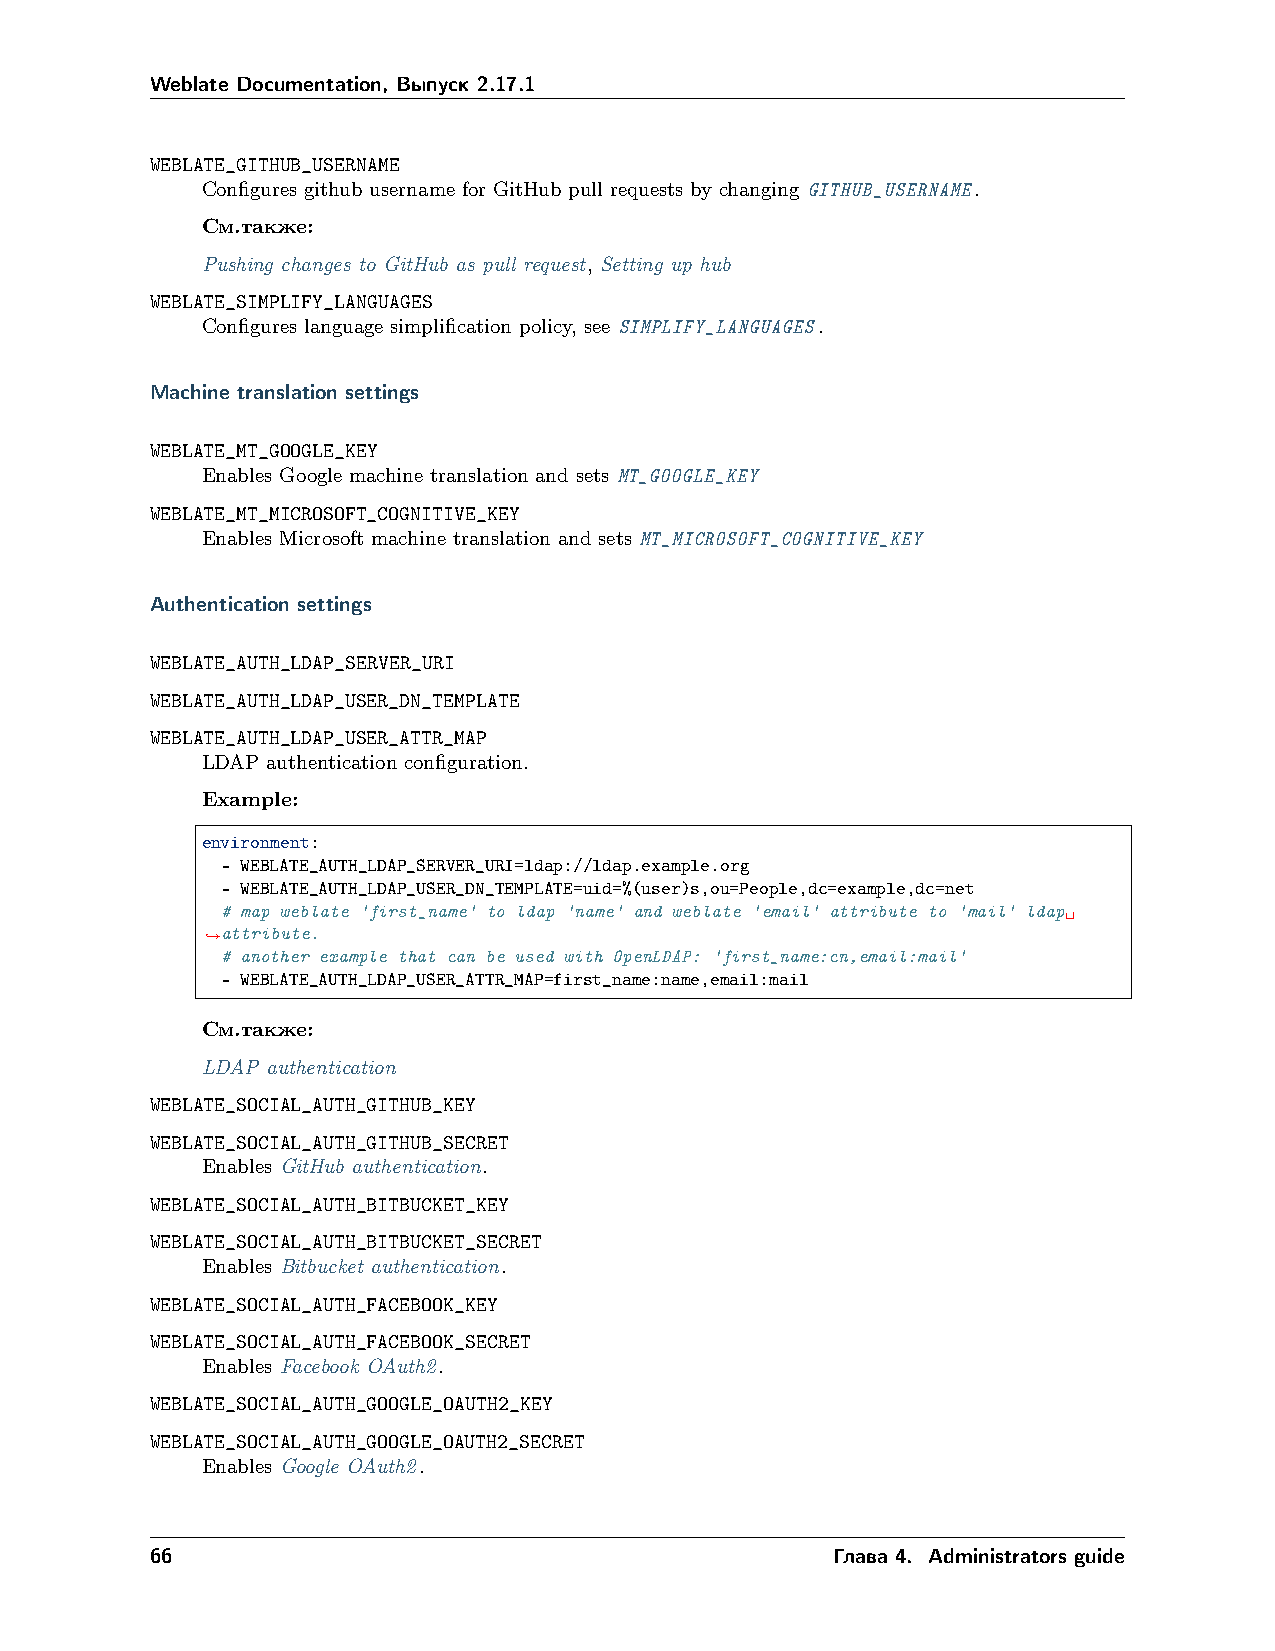
Weblate Documentation, Выпуск 2.17.1
 WEBLATE_GITHUB_USERNAME
 Configures github username for GitHub pull requests by changing GITHUB_USERNAME.
 См.также:
 Pushing changes to GitHub as pull request, Setting up hub
 WEBLATE_SIMPLIFY_LANGUAGES
 Configures language simplification policy, see SIMPLIFY_LANGUAGES.
 Machine translation settings
 WEBLATE_MT_GOOGLE_KEY
 Enables Google machine translation and sets MT_GOOGLE_KEY
 WEBLATE_MT_MICROSOFT_COGNITIVE_KEY
 Enables Microsoft machine translation and sets MT_MICROSOFT_COGNITIVE_KEY
 Authentication settings
 WEBLATE_AUTH_LDAP_SERVER_URI
 WEBLATE_AUTH_LDAP_USER_DN_TEMPLATE
 WEBLATE_AUTH_LDAP_USER_ATTR_MAP
 LDAP authentication configuration.
 Example:
 environment:
 - WEBLATE_AUTH_LDAP_SERVER_URI=ldap://ldap.example.org
 - WEBLATE_AUTH_LDAP_USER_DN_TEMPLATE=uid=%(user)s,ou=People,dc=example,dc=net
 # map weblate 'first_name' to ldap 'name' and weblate 'email' attribute to 'mail' ldap␣
 attribute.
 ˓→
 # another example that can be used with OpenLDAP: 'first_name:cn,email:mail'
 - WEBLATE_AUTH_LDAP_USER_ATTR_MAP=first_name:name,email:mail
 См.также:
 LDAP authentication
 WEBLATE_SOCIAL_AUTH_GITHUB_KEY
 WEBLATE_SOCIAL_AUTH_GITHUB_SECRET
 Enables GitHub authentication.
 WEBLATE_SOCIAL_AUTH_BITBUCKET_KEY
 WEBLATE_SOCIAL_AUTH_BITBUCKET_SECRET
 Enables Bitbucket authentication.
 WEBLATE_SOCIAL_AUTH_FACEBOOK_KEY
 WEBLATE_SOCIAL_AUTH_FACEBOOK_SECRET
 Enables Facebook OAuth2.
 WEBLATE_SOCIAL_AUTH_GOOGLE_OAUTH2_KEY
 WEBLATE_SOCIAL_AUTH_GOOGLE_OAUTH2_SECRET
 Enables Google OAuth2.
 66                                           Глава 4. Administrators guide